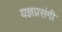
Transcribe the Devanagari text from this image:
यज्ञप्रसंगी